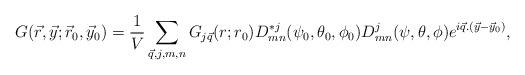
LaTeX: \begin{align*}G({\vec r}, {\vec y}; {\vec r}_0, {\vec y}_0) ={1\over V} \sum_{\vec{q},j,m,n}G_{j \vec q}(r;r_0)D^{*j}_{mn}(\psi_0,\theta_0,\phi_0)D^j_{mn}(\psi,\theta,\phi) e^{i {\vec q}.({\vec y}- {\vec y}_0)},\end{align*}